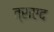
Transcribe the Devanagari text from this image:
त्राएद